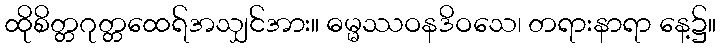
ထိုစိတ္တဂုတ္တထေရ်အသျှင်အား။ ဓမ္မဿဝနဒိဝသေ၊ တရားနာရာ နေ့၌။